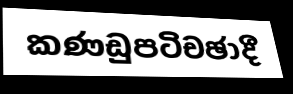
කණඩුපටිචඡාදී